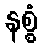
နစ္စံ